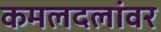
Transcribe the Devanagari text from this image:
कमलदलांवर